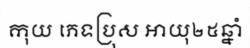
កុយ ភេទប្រុស អាយុ២៥ឆ្នាំ